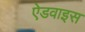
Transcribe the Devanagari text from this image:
ऐडवाइस